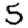
Digit: 5